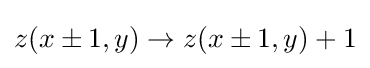
z(x\pm 1,y)\rightarrow z(x\pm 1,y)+1